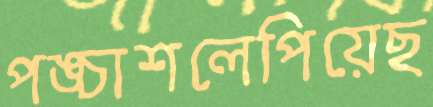
পঙ্চাশলেপিয়েছ